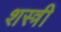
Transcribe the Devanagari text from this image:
शस्त्री